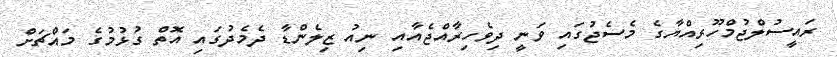
ރައީސުލްޖުމްހޫރިއްޔާގެ މެސެޖުގައި ވަނީ ދިވެހިރާއްޖެއާއި ނިއު ޒިލެންޑާ ދެމެދުގައި އޮތް ގުޅުމުގެ މައްޗަށް